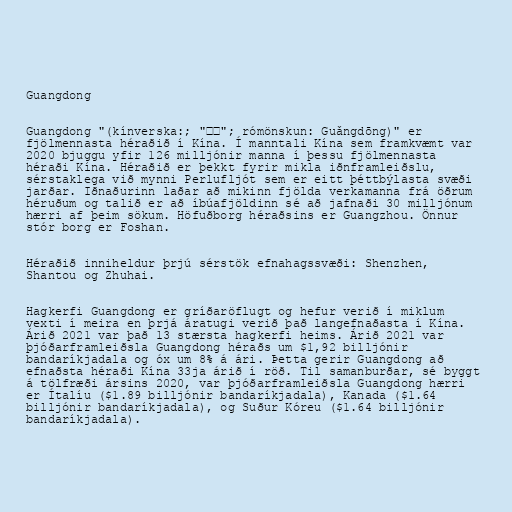
Guangdong

Guangdong "(kínverska:; "广东"; rómönskun: Guǎngdōng)" er
fjölmennasta héraðið í Kína. Í manntali Kína sem framkvæmt var
2020 bjuggu yfir 126 milljónir manna í þessu fjölmennasta
héraði Kína. Héraðið er þekkt fyrir mikla iðnframleiðslu,
sérstaklega við mynni Perlufljót sem er eitt þéttbýlasta svæði
jarðar. Iðnaðurinn laðar að mikinn fjölda verkamanna frá öðrum
héruðum og talið er að íbúafjöldinn sé að jafnaði 30 milljónum
hærri af þeim sökum. Höfuðborg héraðsins er Guangzhou. Önnur
stór borg er Foshan.

Héraðið inniheldur þrjú sérstök efnahagssvæði: Shenzhen,
Shantou og Zhuhai.

Hagkerfi Guangdong er gríðaröflugt og hefur verið í miklum
vexti í meira en þrjá áratugi verið það langefnaðasta í Kína.
Árið 2021 var það 13 stærsta hagkerfi heims. Árið 2021 var
þjóðarframleiðsla Guangdong héraðs um $1,92 billjónir
bandaríkjadala og óx um 8% á ári. Þetta gerir Guangdong að
efnaðsta héraði Kína 33ja árið í röð. Til samanburðar, sé byggt
á tölfræði ársins 2020, var þjóðarframleiðsla Guangdong hærri
er Ítalíu ($1.89 billjónir bandaríkjadala), Kanada ($1.64
billjónir bandaríkjadala), og Suður Kóreu ($1.64 billjónir
bandaríkjadala).